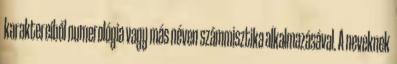
karaktereiből numerológia vagy más néven számmisztika alkalmazásával. A neveknek